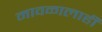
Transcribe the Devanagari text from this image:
मावळालाही